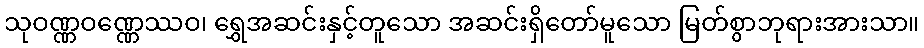
သုဝဏ္ဏဝဏ္ဏေဿဝ၊ ရွှေအဆင်းနှင့်တူသော အဆင်းရှိတော်မူသော မြတ်စွာဘုရားအားသာ။